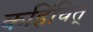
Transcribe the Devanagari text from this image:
कहिंचित्‌